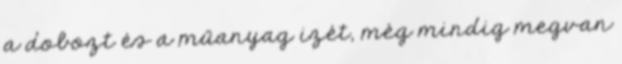
a dobozt és a műanyag izét, még mindig megvan